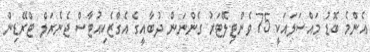
އެންމެ ބޮޑު މައްސަލައަކީ 75 ވެންޓިލޭޓަރު ގެންނަން ދުބާއީގެ އެގްޒެކިއުޓާސް ޖެނެރަލް ޓްރޭޑިން